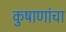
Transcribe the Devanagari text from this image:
कुषाणांचा